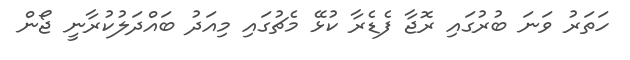
ހަތަރު ވަނަ ބުރުގައި ރޮޖާ ފެޑެރާ ކުޅޭ މެޗުގައި މިއަދު ބައްދަލުކުރާނީ ޖޯން